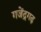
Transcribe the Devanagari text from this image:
गजेंद्रगढ़